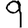
Digit: 9